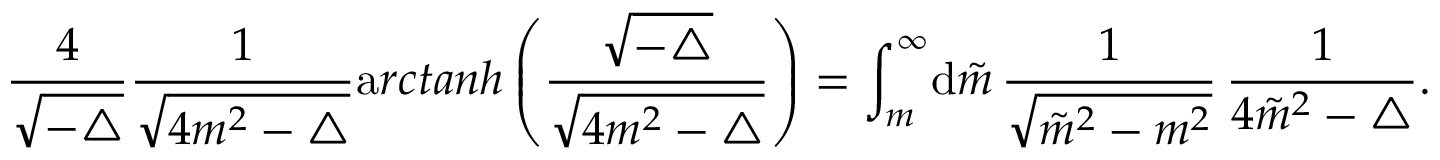
\frac { 4 } { \sqrt { - \triangle } } \frac { 1 } { \sqrt { 4 m ^ { 2 } - \triangle } } { \mathrm a r c t a n h } \left( \frac { \sqrt { - \triangle } } { \sqrt { 4 m ^ { 2 } - \triangle } } \right) = \int _ { m } ^ { \infty } \! { \mathrm d } \tilde { m } \, \frac { 1 } { \sqrt { { \tilde { m } } ^ { 2 } - m ^ { 2 } } } \, \frac { 1 } { 4 { \tilde { m } } ^ { 2 } - \triangle } .